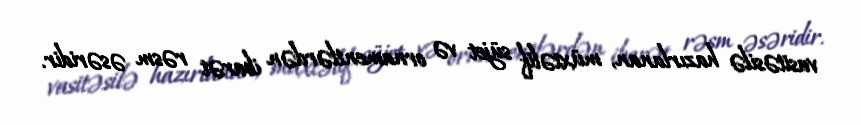
vasitəsilə hazırlanan, müxtəlif süjet və ornamentlərdən ibarət rəsm əsəridir.